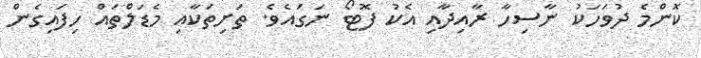
ކޮންމެ ދުވަހަކު ނާސިހާ ރާއިދާއި އެކު ފޮޓޯ ނަގައެވެ. ތަށިތަކާއި މެޑަލްތައް ހިފައިގެން